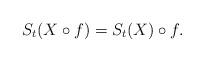
LaTeX: \begin{align*} S_t(X\circ f)=S_t(X)\circ f.\end{align*}